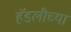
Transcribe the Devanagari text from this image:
हॅडलीच्या